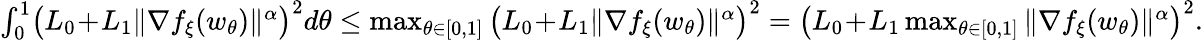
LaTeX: \begin{array}{r}{\int_{0}^{1}\! \big(L_{0}\! +\! L_{1}\| \nabla f_{\xi}(w_{\theta})\| ^{\alpha}\big)^{2}d\theta\le\operatorname*{max}_{\theta\in[0,1]}\big(L_{0}\! +\! L_{1}\| \nabla f_{\xi}(w_{\theta})\| ^{\alpha}\big)^{2}=\big(L_{0}\! +\! L_{1}\operatorname*{max}_{\theta\in[0,1]}\| \nabla f_{\xi}(w_{\theta})\| ^{\alpha}\big)^{2}.}\end{array}